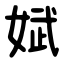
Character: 娬